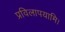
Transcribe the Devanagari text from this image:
प्रविलापयामि।